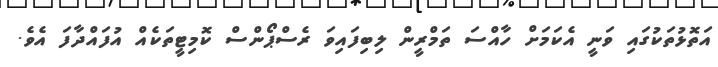
އަތޮޅުތަކުގައި ވަނީ އެކަމަށް ހާއްސަ ތަމްރީން ލިބިފައިވަ ރެސްޕޯންސް ކޮމިޓީތަކެއް އުފައްދާފަ އެވެ.